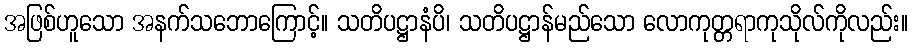
အဖြစ်ဟူသော အနက်သဘောကြောင့်။ သတိပဋ္ဌာနံပိ၊ သတိပဋ္ဌာန်မည်သော လောကုတ္တရာကုသိုလ်ကိုလည်း။